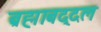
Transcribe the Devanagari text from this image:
ब्रह्माबद्दल